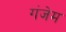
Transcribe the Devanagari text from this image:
गंजेम